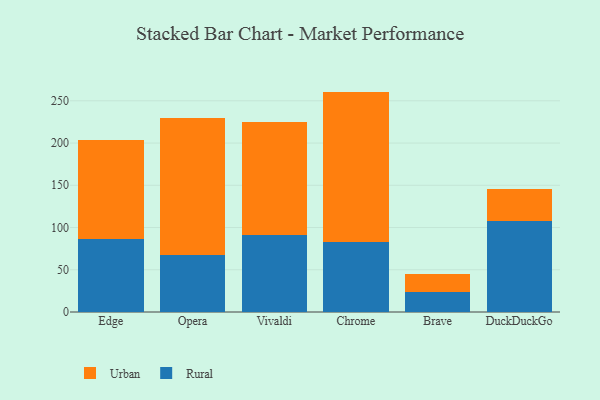
{"axis": {"x": "Browser", "y": "Backlog"}, "legend": ["Rural", "Urban"], "data": [{"x": "Edge", "y": 85.9, "type": "Rural"}, {"x": "Edge", "y": 117.2, "type": "Urban"}, {"x": "Opera", "y": 67.5, "type": "Rural"}, {"x": "Opera", "y": 161.8, "type": "Urban"}, {"x": "Vivaldi", "y": 90.6, "type": "Rural"}, {"x": "Vivaldi", "y": 133.8, "type": "Urban"}, {"x": "Chrome", "y": 82.5, "type": "Rural"}, {"x": "Chrome", "y": 178.4, "type": "Urban"}, {"x": "Brave", "y": 23.7, "type": "Rural"}, {"x": "Brave", "y": 21.0, "type": "Urban"}, {"x": "DuckDuckGo", "y": 107.6, "type": "Rural"}, {"x": "DuckDuckGo", "y": 38.5, "type": "Urban"}]}